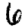
Digit: 6